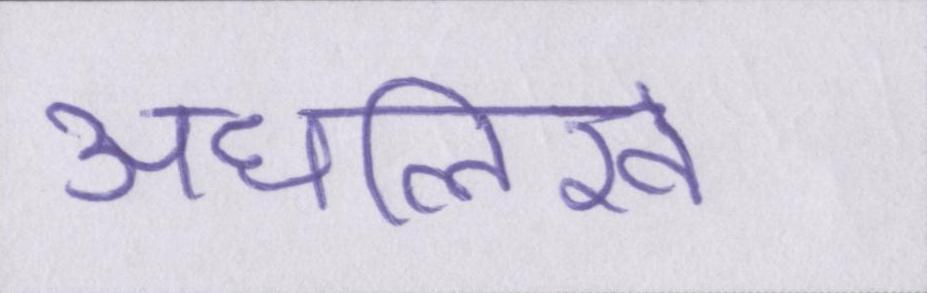
अधलिखे